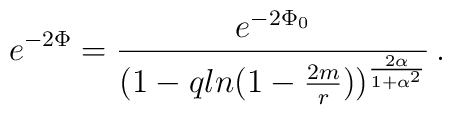
e^{-2\Phi} = {e^{-2\Phi_{0}}\over (1 - q ln(1-{2m\over r}))^{2\alpha\over 1 + \alpha^{2}}}\, .